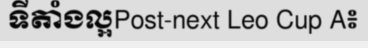
ទីតាំងល្អPost-next Leo Cup A៖